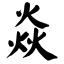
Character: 焱